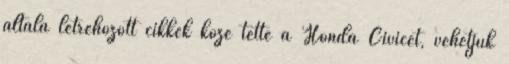
általa létrehozott cikkek közé tette a Honda Civicet, vehetjük